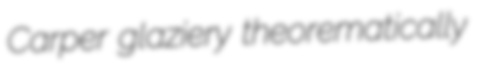
Carper glaziery theorematically